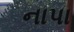
નાપા